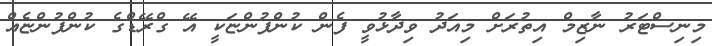
މިނިސްޓަރު ނާޒިމް އިތުރަށް މިއަދު ވިދާޅުވީ ފެން ކުންފުންޏަކީ އޭ ގްރޭޑްގެ ކުންފުންޏެއް